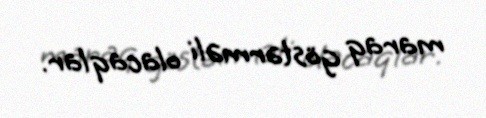
maraq göstərməli olacaqlar.